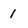
Character: 1